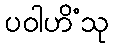
ပဝါဟိံသု